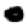
Digit: 0